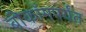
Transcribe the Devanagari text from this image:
बीकॉमपर्यंत